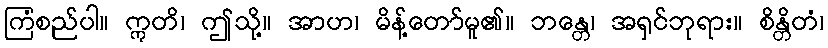
ကြံစည်ပါ။ ဣတိ၊ ဤသို့။ အာဟ၊ မိန့်တော်မူ၏။ ဘန္တေ၊ အရှင်ဘုရား။ စိန္တိတံ၊